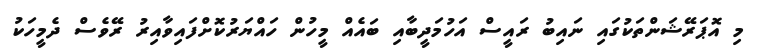
މި އޮޕަރޭޝަންތަކުގައި ނައިބު ރައީސް އަހުމަދީބާއި ބައެއް މީހުން ހައްޔަރުކޮށްފައިވާއިރު ރޭވެސް ދެމީހަކު